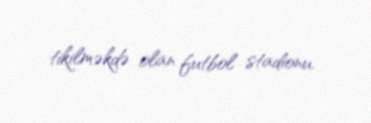
tikilməkdə olan futbol stadionu.